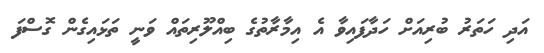
އަދި ހަތަރު ބުރިއަށް ހަދާފައިވާ އެ އިމާރާތުގެ ބިއްލޫރިތައް ވަނީ ތަޅައިގެން ގޮސްފަ